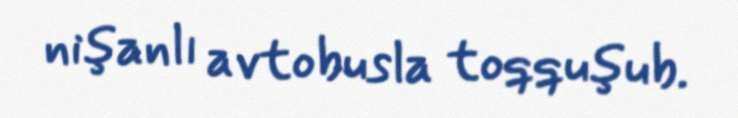
nişanlı avtobusla toqquşub.